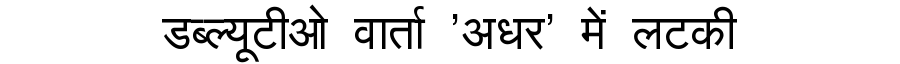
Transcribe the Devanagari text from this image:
डब्ल्यूटीओ वार्ता 'अधर' में लटकी